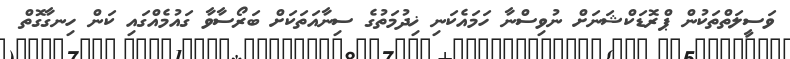
ވަސީލަތްތަކުން ޕްރޮޑަކްޝަނަށް ނުވިސްނާ ހަމައެކަނި ޚިދުމަތުގެ ސިނާއަތަކަށް ބަރޯސާވާ ގައުމެއްގައި ކަން ހިނގާގޮތް